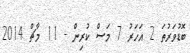
ބޮޑުވަރުތަ 2 އަހަރު 7 މަސް ކުރިން - 11 މާޗް 2014